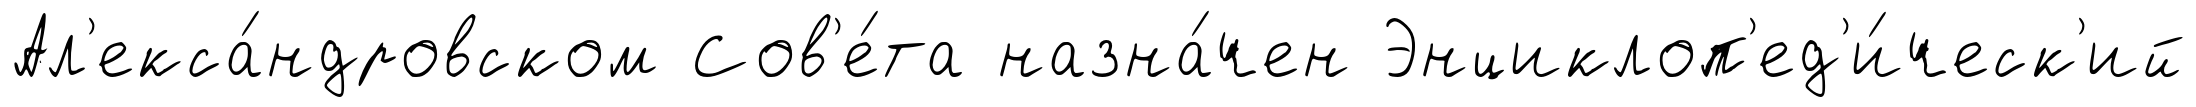
Ал'екса́ндровском Сов'е́та назна́чен Энциклоп'ед'и́ческ'ий